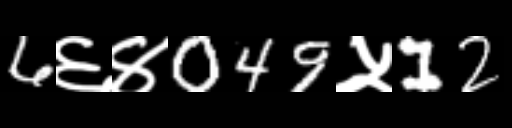
Text: 6६४049५12